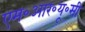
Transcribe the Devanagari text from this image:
एम॰आर॰यू॰सी